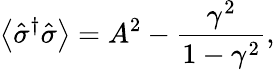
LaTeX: \left\langle\hat{\sigma}^{\dagger}\hat{\sigma}\right\rangle=A^{2}-\frac{\gamma^{2}}{1-\gamma^{2}},